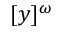
[ y ] ^ { \omega }